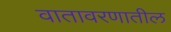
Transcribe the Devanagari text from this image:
वातावरणातील